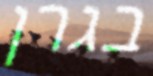
בגרן